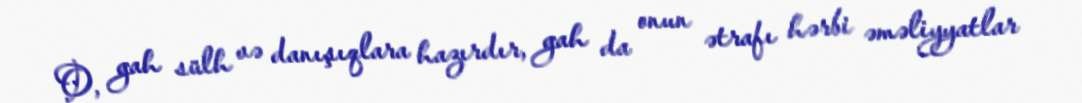
O, gah sülh və danışıqlara hazırdır, gah da onun ətrafı hərbi əməliyyatlar